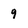
Character: 9